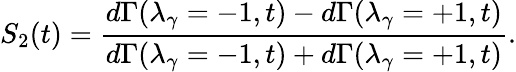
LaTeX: S_{2}(t)=\frac{d\Gamma(\lambda_{\gamma}=-1,t)-d\Gamma(\lambda_{\gamma}=+1,t)}{d\Gamma(\lambda_{\gamma}=-1,t)+d\Gamma(\lambda_{\gamma}=+1,t)}.